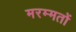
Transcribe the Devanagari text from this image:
मरम्मतों